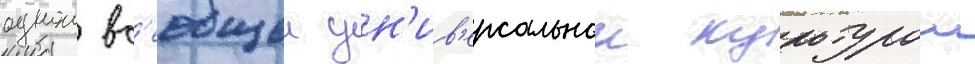
однои вс'еобщеи ун'ив'ерсальнои культурои